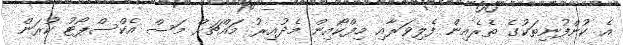
އެ ކުންފުނިތަކުގެ ތެރެއިން ފެލިވަރާއި މިފްކޯއިން މެދުއިރު މައްޗަށް މަސް އެކްސްޕޯޓު ކުރަން